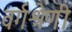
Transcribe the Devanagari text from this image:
वर्गश्रेणी